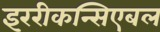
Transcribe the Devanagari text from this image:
इररीकन्सिएबल